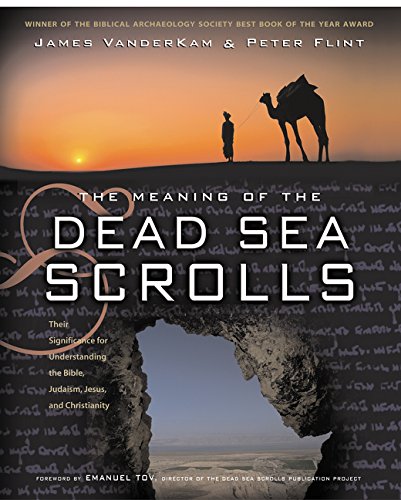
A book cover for The Meaning of the Dead Sea Scrolls: Their Significance For Understanding the Bible, Judaism, Jesus, and Christianity; James VanderKam; Christian Books & Bibles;